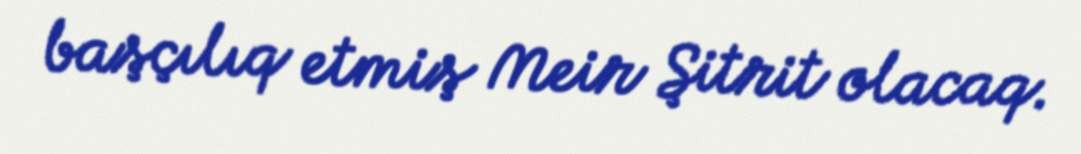
başçılıq etmiş Meir Şitrit olacaq.